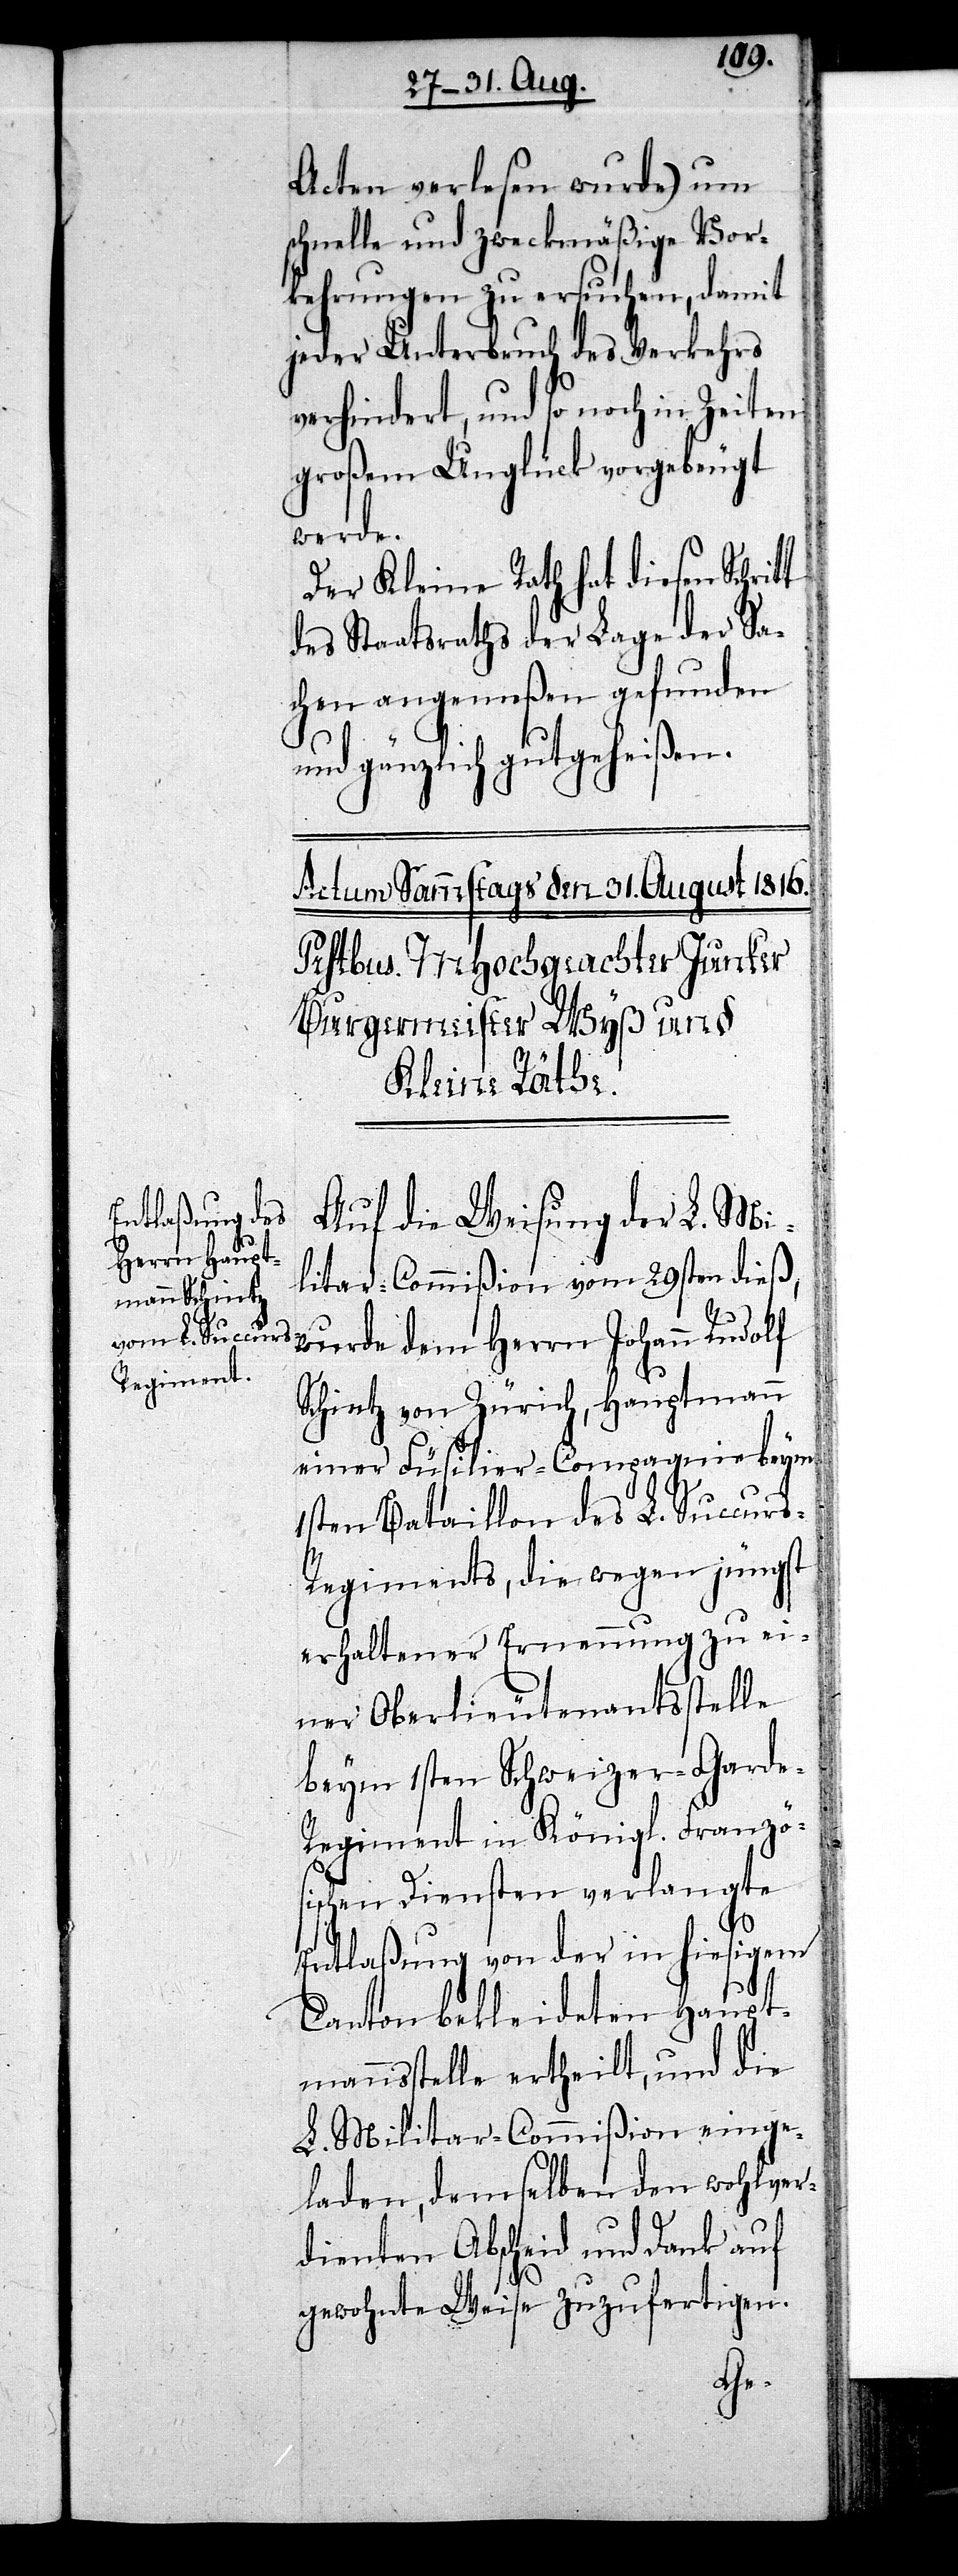
Acten verlesen wurde) um
schnelle und zweckmäßige Vor¬
kehrungen zu ersuchen, damit
jeder Unterbruch des Verkehrs
verhindert, und so noch in Zeiten
großem Unglück vorgebeugt
werde.
Der Kleine Rath hat diesen Schrit¬
des Staatsraths der Lage der Sa¬
chen angemeßen gefunden
gänzlich gutgeheißen.
Auf die Weisung der L. Mi¬
litar-Commißion vom 29sten dieß,
wurde dem Herrn Johann Rudolf
Schintz von Zürich, Hauptmann
einer Füsilier-Compagnie beym
1sten Bataillon des L. Succur¬
s-Regiments, die wegen jüngst
erhaltener Ernennung zu ei¬
ner Oberlieutenantsstelle
beym 1sten Schweizer-Gard¬
e-Regiment in Königl. Franzö¬
sischen Diensten verlangte
Entlaßung von der in hiesigem
Canton bekleideten Haupt¬
mannsstelle ertheilt, und die
L. Militar-Commißion einge¬
laden, demselben den wohlver¬
dienten Abscheid und Dank auf
gewohnte Weise zuzufertigen.
t